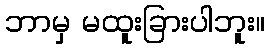
ဘာမှ မထူးခြားပါဘူး။